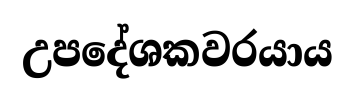
උපදේශකවරයාය